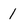
Character: 1